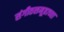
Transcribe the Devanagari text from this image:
संगीतसमूहाच्या